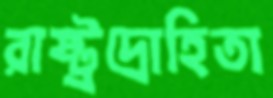
রাষ্ট্রদ্রোহিতা